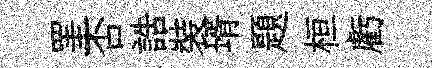
罣否誥裝壻題桓虧